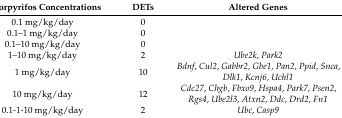
<table><thead><tr><td><b>Chlorpyrifos Concentrations</b></td><td><b>DETs</b></td><td><b>Altered Genes</b></td></tr></thead><tbody><tr><td>0.1 mg/kg/day</td><td>0</td><td></td></tr><tr><td>0.1–1 mg/kg/day</td><td>0</td><td></td></tr><tr><td>0.1–10 mg/kg/day</td><td>0</td><td></td></tr><tr><td>1–10 mg/kg/day</td><td>2</td><td><i>Ube2k</i>, <i>Park2</i></td></tr><tr><td>1 mg/kg/day</td><td>10</td><td><i>Bdnf</i>, <i>Cul2</i>, <i>Gabbr2</i>, <i>Gbe1</i>, <i>Pan2</i>, <i>Ppid</i>, <i>Snca</i>, <i>Dlk1</i>, <i>Kcnj6</i>, <i>Uchl1</i></td></tr><tr><td>10 mg/kg/day</td><td>12</td><td><i>Cdc27</i>, <i>Chgb</i>, <i>Fbxo9</i>, <i>Hspa4</i>, <i>Park7</i>, <i>Psen2</i>, <i>Rgs4</i>, <i>Ube2l3</i>, <i>Atxn2</i>, <i>Ddc</i>, <i>Drd2</i>, <i>Fn1</i></td></tr><tr><td>0.1-1-10 mg/kg/day</td><td>2</td><td><i>Ubc</i>, <i>Casp9</i></td></tr></tbody></table>